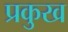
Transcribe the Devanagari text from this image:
प्रकुख